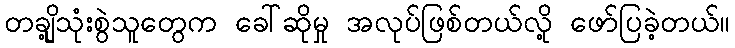
တချို့သုံးစွဲသူတွေက ခေါ်ဆိုမှု အလုပ်ဖြစ်တယ်လို့ ဖော်ပြခဲ့တယ်။